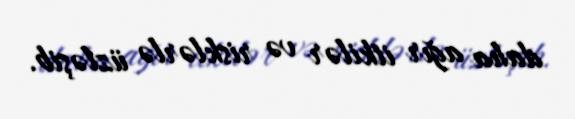
daha ağır itkilər və risklərlə üzləşib.